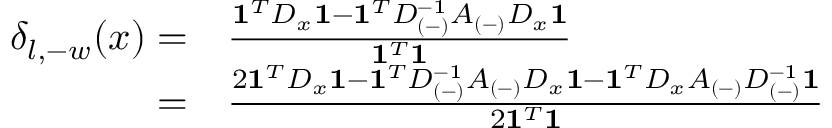
\begin{array} { r l } { \delta _ { l , - w } ( x ) = } & { { } \frac { \mathbf { 1 } ^ { T } D _ { x } \mathbf { 1 } - \mathbf { 1 } ^ { T } D _ { ( - ) } ^ { - 1 } A _ { ( - ) } D _ { x } \mathbf { 1 } } { \mathbf { 1 } ^ { T } \mathbf { 1 } } } \\ { = } & { { } \frac { 2 \mathbf { 1 } ^ { T } D _ { x } \mathbf { 1 } - \mathbf { 1 } ^ { T } D _ { ( - ) } ^ { - 1 } A _ { ( - ) } D _ { x } \mathbf { 1 } - \mathbf { 1 } ^ { T } D _ { x } A _ { ( - ) } D _ { ( - ) } ^ { - 1 } \mathbf { 1 } } { 2 \mathbf { 1 } ^ { T } \mathbf { 1 } } \, } \end{array}